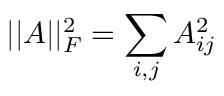
| | A | | _ { F } ^ { 2 } = \sum _ { i , j } A _ { i j } ^ { 2 }